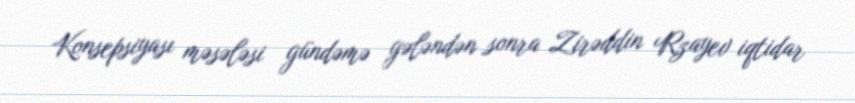
Konsepsiyası məsələsi gündəmə gələndən sonra Zirəddin Rzayev iqtidar